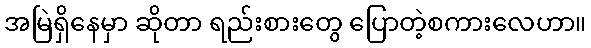
အမြဲရှိနေမှာ ဆိုတာ ရည်းစားတွေ ပြောတဲ့စကားလေဟာ။